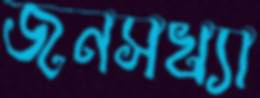
জনসখ্যা